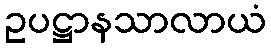
ဥပဋ္ဌာနသာလာယံ